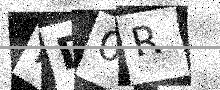
Text: KD0R